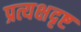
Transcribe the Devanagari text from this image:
प्रत्यक्षदृष्ट